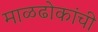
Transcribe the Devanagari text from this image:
माळढोकांची